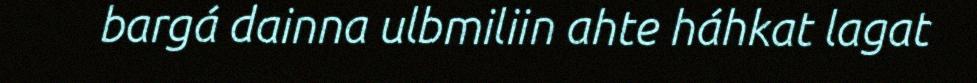
bargá dainna ulbmiliin ahte háhkat lagat